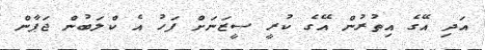
އަދި އޭގެ އިތުރުން އޭގެ ކުރީ ސީޒަނަށް ފަހު އެ ކްލަބުން ޖަޕާން